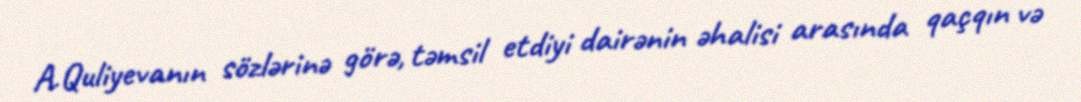
A.Quliyevanın sözlərinə görə, təmsil etdiyi dairənin əhalisi arasında qaçqın və